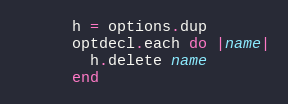
Language: Ruby
      h = options.dup
      optdecl.each do |name|
        h.delete name
      end